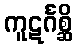
ကူဋင်္ဂစ္ဆိ